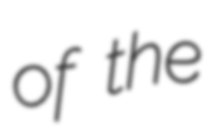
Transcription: of the